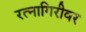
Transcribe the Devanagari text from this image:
रत्‍नागिरीवर